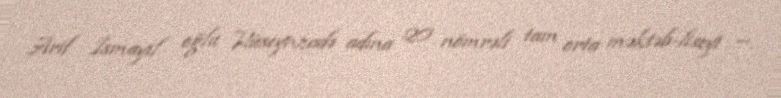
Arif İsmayıl oğlu Hüseynzadə adına 20 nömrəli tam orta məktəb-liseyi —